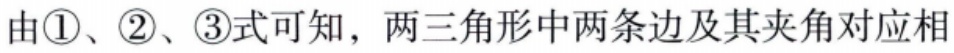
由\textcircled{1}、\textcircled{2}、\textcircled{3}式可知，两三角形中两条边及其夹角对应相